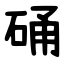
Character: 硧